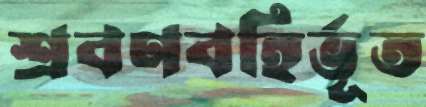
শ্রবণবহির্ভূত